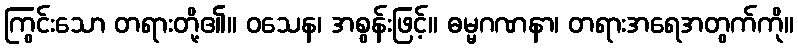
ကြွင်းသော တရားတို့၏။ ဝသေန၊ အစွန်းဖြင့်။ ဓမ္မဂဏနာ၊ တရားအရေအတွက်ကို။